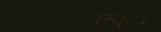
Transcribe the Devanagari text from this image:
तत्पुरुषं